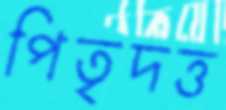
পিতৃদত্ত